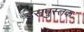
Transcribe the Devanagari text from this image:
इसपुस्तक